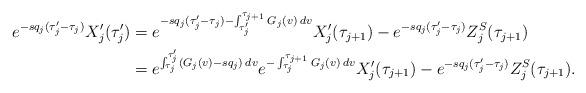
LaTeX: \begin{align*}e^{-sq_j (\tau_j' - \tau_j)} X_j'(\tau_j') &= e^{-sq_j(\tau_j' - \tau_j) - \int_{\tau_j'}^{\tau_{j+1}} G_j(v) \: dv} X_j'(\tau_{j+1}) - e^{-sq_j(\tau_j' - \tau_j)} Z_j^{S}(\tau_{j+1}) \\&= e^{\int_{\tau_j}^{\tau_j'} (G_j(v) - sq_j) \: dv} e^{-\int_{\tau_j}^{\tau_{j+1}} G_j(v) \: dv} X_j'(\tau_{j+1}) - e^{-sq_j(\tau_j' - \tau_j)} Z_j^{S}(\tau_{j+1}).\end{align*}